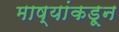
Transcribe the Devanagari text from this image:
माष्यांकडून